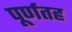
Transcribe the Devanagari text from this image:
पूर्णतह